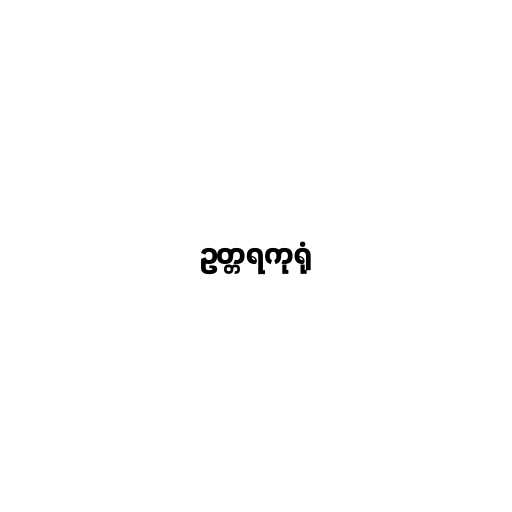
ဥတ္တရကုရုံ